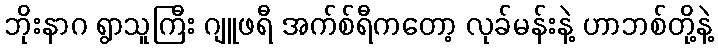
ဘိုးနာဂ ရွာသူကြီး ဂျူဖရီ အက်စ်ရီကတော့ လုခ်မန်းနဲ့ ဟာဘစ်တို့နဲ့